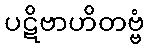
ပဋိဗာဟိတဗ္ဗံ